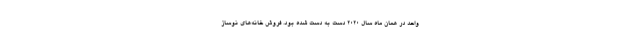
واحد در همان ماه سال ۲۰۲۰ دست به دست شده بود. فروش خانه‌های نوساز